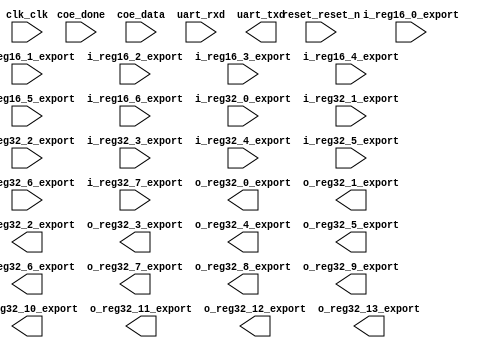

module NiosBase (
	clk_clk,
	coe_done,
	coe_data,
	i_reg16_0_export,
	i_reg16_1_export,
	i_reg16_2_export,
	i_reg16_3_export,
	i_reg16_4_export,
	i_reg16_5_export,
	i_reg16_6_export,
	i_reg32_0_export,
	i_reg32_1_export,
	i_reg32_2_export,
	i_reg32_3_export,
	i_reg32_4_export,
	i_reg32_5_export,
	i_reg32_6_export,
	i_reg32_7_export,
	o_reg32_0_export,
	o_reg32_1_export,
	o_reg32_10_export,
	o_reg32_11_export,
	o_reg32_12_export,
	o_reg32_13_export,
	o_reg32_2_export,
	o_reg32_3_export,
	o_reg32_4_export,
	o_reg32_5_export,
	o_reg32_6_export,
	o_reg32_7_export,
	o_reg32_8_export,
	o_reg32_9_export,
	reset_reset_n,
	uart_rxd,
	uart_txd);	

	input		clk_clk;
	input		coe_done;
	input	[7:0]	coe_data;
	input	[15:0]	i_reg16_0_export;
	input	[15:0]	i_reg16_1_export;
	input	[15:0]	i_reg16_2_export;
	input	[15:0]	i_reg16_3_export;
	input	[15:0]	i_reg16_4_export;
	input	[15:0]	i_reg16_5_export;
	input	[15:0]	i_reg16_6_export;
	input	[31:0]	i_reg32_0_export;
	input	[31:0]	i_reg32_1_export;
	input	[31:0]	i_reg32_2_export;
	input	[31:0]	i_reg32_3_export;
	input	[31:0]	i_reg32_4_export;
	input	[31:0]	i_reg32_5_export;
	input	[31:0]	i_reg32_6_export;
	input	[31:0]	i_reg32_7_export;
	output	[31:0]	o_reg32_0_export;
	output	[31:0]	o_reg32_1_export;
	output	[31:0]	o_reg32_10_export;
	output	[31:0]	o_reg32_11_export;
	output	[31:0]	o_reg32_12_export;
	output	[31:0]	o_reg32_13_export;
	output	[31:0]	o_reg32_2_export;
	output	[31:0]	o_reg32_3_export;
	output	[31:0]	o_reg32_4_export;
	output	[31:0]	o_reg32_5_export;
	output	[31:0]	o_reg32_6_export;
	output	[31:0]	o_reg32_7_export;
	output	[31:0]	o_reg32_8_export;
	output	[31:0]	o_reg32_9_export;
	input		reset_reset_n;
	input		uart_rxd;
	output		uart_txd;
endmodule